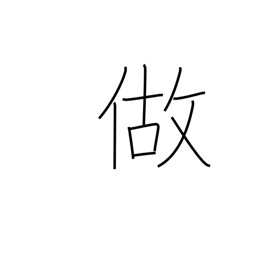
Meaning: make